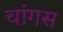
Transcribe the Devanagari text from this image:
चांगस